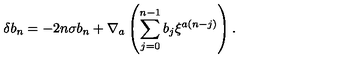
\delta b _ { n } = - 2 n \sigma b _ { n } + \nabla _ { a } \left( \sum _ { j = 0 } ^ { n - 1 } b _ { j } \xi ^ { a ( n - j ) } \right) .